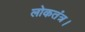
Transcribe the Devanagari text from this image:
लोकतंत्र।